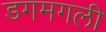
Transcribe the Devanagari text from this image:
डगमगली